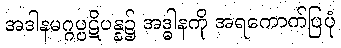
အဒါနမဂ္ဂပ္ပဋိပန္န၌ အဒ္ဓါနကို အရကောက်ပြပုံ